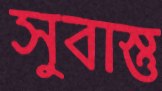
সুবাস্তু